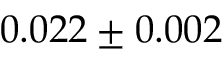
0 . 0 2 2 \pm 0 . 0 0 2